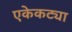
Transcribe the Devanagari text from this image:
एकेकट्या